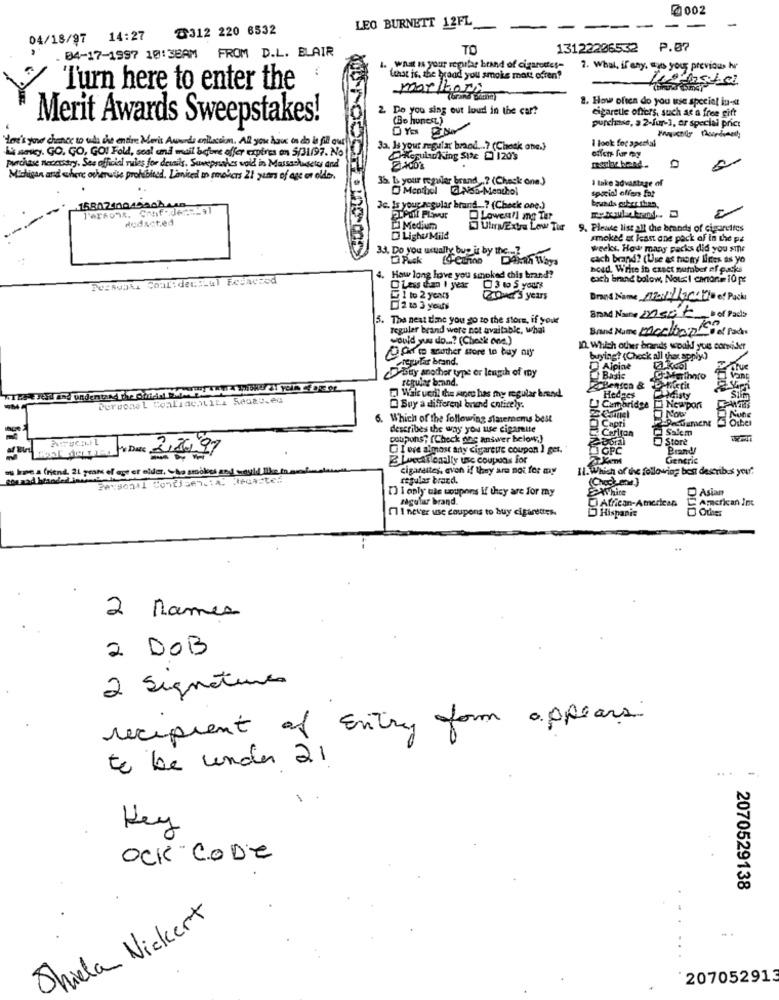
@002
৳312 220 6532
LEO BURNETT 12FL_
04/18/97 14:27
TO
13122206532
P.07
. 04-17-1997 10:38AM FROM D.L. BLAIR
1. what is your regular brand of cigarettes-
7. What, if any, sus your previous hi
(that is, the hrand you smoke matt ofren?
Turn here to enter the
marlbori
2. How often do you use speciel in-st
2. Do you sing out loud in the car?
cigaretle offers, such as a free gift
(Bo hunce.)
Merit Awards Sweepstakes!
purchase, a 2-fur-1, or special price
eu's your chance so why the entire Meris Awards collection. All you have on do is fil out
I look for special
Li maky. GO, GO, GOI Fold, seal and mail before offer expires on 5/31/97. No
Ja, Ja your regular brand ...? (Chesk one.)
Regularking Site _ 120's
Purchase necessary. See official rules for details. Sumprushes vold in Massachuactor and
Michigan and where otherwise prohibited. Limited on movers 21 years of age or older.
36. L your regular brand .? (Check one.)
1 take advantage of
Menthol a.pisa-Menthol
special offen fat
bquads arber then,
1580230045804
Je. Is your regular brand ? (Check one.)
dodacted
Lowea !! mg Ter
Medium
UhrExtra Low Tic
9. Please list all the brands of cigarettes
D LighuMild
smoked at least one pack of in the pa
33. Do you usually bup it by the ...?
weeks. How many packs did you sine
cach brand? (Use as trony lines as yo
bead. Write in exact number of packs
Pessvake Coal:decelul Fosacred
4. How long love you smoked chis brand?
each brand bolow, Nous! cartonm 10 px
O Less than 1 year
3 1 5 yours
1 to 2 years
rower's years
Brand Name _120411247'5 ef Packı
Brand Name mest
3.
The next dine you go to the store, if youe
regular brand were not available, whal
Brand Name Mochbanho el Pados
would you do ...? (Check one.)
O fr m sother store to buy any
In. Which other brands would you comider
gular brand.
buying? (Check all that apply.)
DAsty another type or length of my
Alpine
regular brand.
Basic
Marthnto
Personal Coalidentity Seu&t.eq
Wals verl the wine has my regular brend.
Hedges
Silm
Buy a different brund entirely.
[] Cambridge
Newport
6. Which of the following statemems best
Capri
describes the way you use cigarette
E Ceriran
Salem
poupons; (Check ning answer below;)
Store
Date
97
I ore almost any cigareure coupon ) ger.
GPC
Brandy
Luccationally usc coupons for
Generic
ter mider, the smokees and would like to
cigarettes, even if they are not for my
11. Which of the following best describes your.
regular brand.
[] I only tie coupons if they are for my
Asian
zagufur brand.
African-American
American Inc
1 I never use coupons to buy cigarettes.
Hisparis
Other
2 Rames
2 DOB
2 Signatures
recipient of Entry form appears
te be under 21
...
Key
OCK CODE
2070529138
Shiela Nickert
207052913